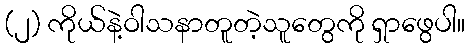
(၂) ကိုယ်နဲ့ဝါသနာတူတဲ့သူတွေကို ရှာဖွေပါ။